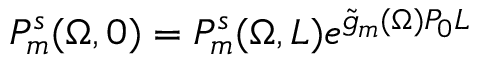
P _ { m } ^ { s } ( \Omega , 0 ) = P _ { m } ^ { s } ( \Omega , L ) e ^ { \Tilde { g } _ { m } ( \Omega ) P _ { 0 } L }